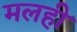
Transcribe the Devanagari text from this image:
मलही